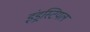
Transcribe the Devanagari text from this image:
इंड्रस्टियल